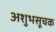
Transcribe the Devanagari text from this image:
अशुभसूचक